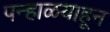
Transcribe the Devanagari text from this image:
पन्हाळयाहून